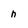
Character: h